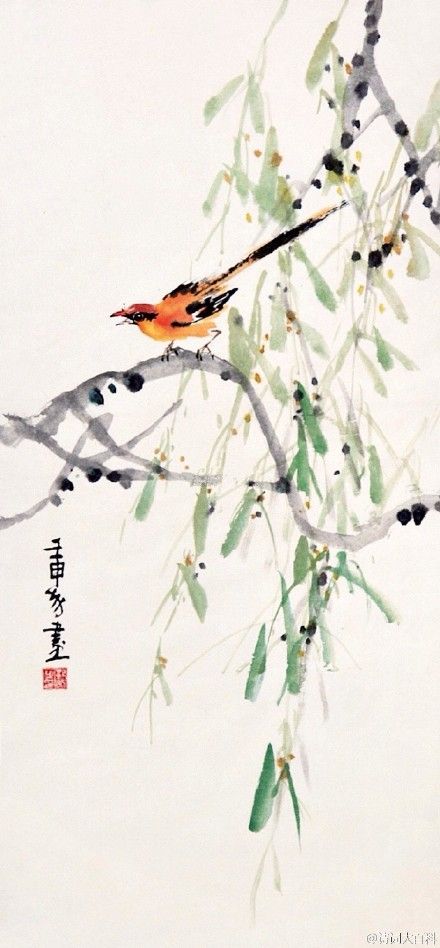
水满田畴稻叶齐，日光穿树晓烟低。